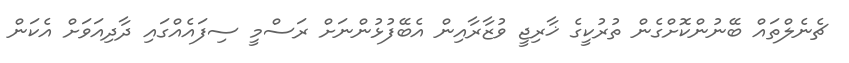
ޗެނެލްތައް ބޭނުންކޮށްގެން ތުރުކީގެ ޚާރިޖީ ވުޒާރާއިން އެބޭފުޅުންނަށް ރަސްމީ ސިފައެއްގައި ދާދިއަވަށް އެކަން